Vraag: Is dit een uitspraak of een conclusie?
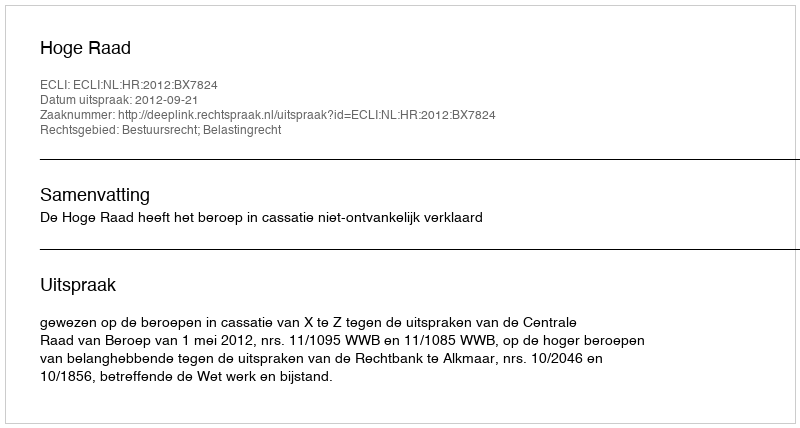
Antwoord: Uitspraak